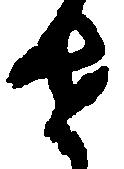
せ